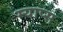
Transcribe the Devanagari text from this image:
म्याप्स